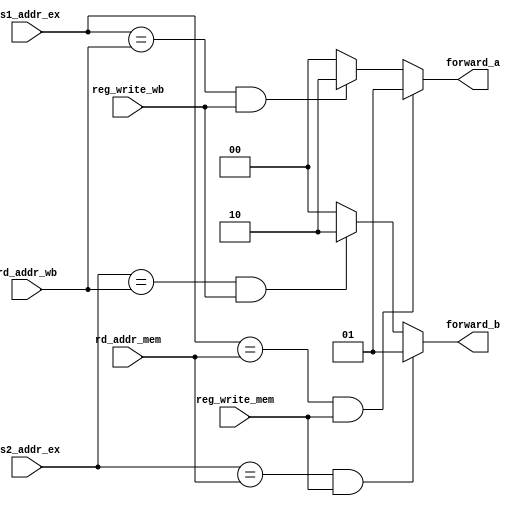
module ForwardingUnit(rs1_addr_ex, rs2_addr_ex,
                      rd_addr_mem, reg_write_mem,
                      rd_addr_wb, reg_write_wb,
                      
                      forward_a, forward_b);
    input wire [1:0] rs1_addr_ex;
	input wire [1:0] rs2_addr_ex;
    input wire [1:0] rd_addr_mem;
    input wire reg_write_mem;
    input wire [1:0] rd_addr_wb;
    input wire reg_write_wb;

    output wire [1:0] forward_a;
    output wire [1:0] forward_b;

    // rt   op 
    // NOT

    // 0 -> just rs1, rs2. No forwarding
    // 1 -> from mem. dist 1
    // 2 -> from wb. dist 2
    assign forward_a = ((rs1_addr_ex == rd_addr_mem) && reg_write_mem) ? 1 : 
                       (((rs1_addr_ex == rd_addr_wb) && reg_write_wb) ? 2 : 0);
    assign forward_b = ((rs2_addr_ex == rd_addr_mem) && reg_write_mem) ? 1 : 
                       (((rs2_addr_ex == rd_addr_wb) && reg_write_wb) ? 2 : 0);

endmodule